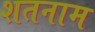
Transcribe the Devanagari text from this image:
शतनाम